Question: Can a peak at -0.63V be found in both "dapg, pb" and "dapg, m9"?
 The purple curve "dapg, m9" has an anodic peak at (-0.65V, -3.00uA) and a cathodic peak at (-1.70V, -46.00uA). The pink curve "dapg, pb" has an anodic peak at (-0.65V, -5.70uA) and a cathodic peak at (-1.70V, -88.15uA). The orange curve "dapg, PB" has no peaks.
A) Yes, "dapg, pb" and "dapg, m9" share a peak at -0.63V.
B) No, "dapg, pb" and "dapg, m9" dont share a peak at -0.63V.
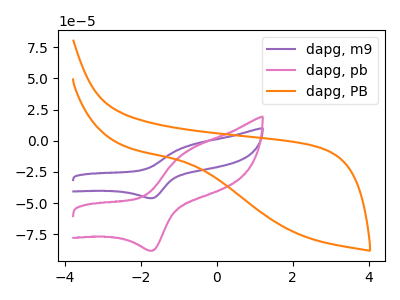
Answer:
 <answer>A) Yes, "dapg, pb" and "dapg, m9" share a peak at -0.63V.</answer>
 <eval>A</eval>